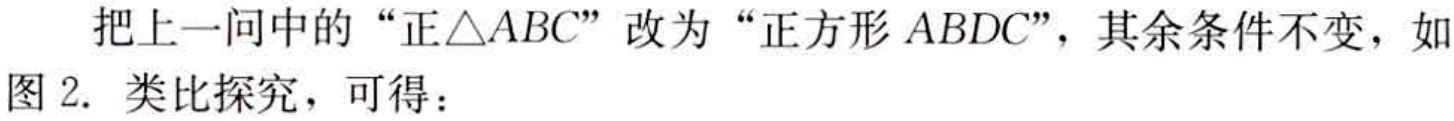
把上一问中的“正$\triangle ABC$”改为“正方形$ABDC$”，其余条件不变，如图 2. 类比探究，可得：